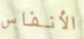
الأنفاس